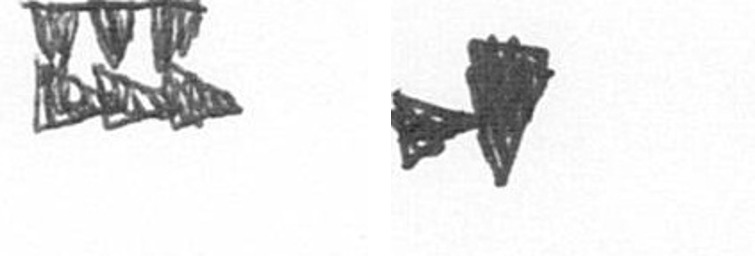
D M